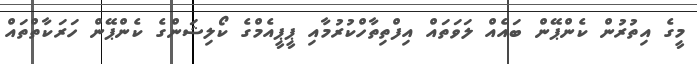
މީގެ އިތުރުން ކެންޕޭން ބައެއް ލަވަތައް އިފްތިތާހްކުރުމާއި ޕީޕީއެމްގެ ކޯލިޝަންގެ ކެންޕޭން ހަރަކާތްތައް